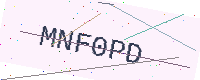
Text: MNF0PD